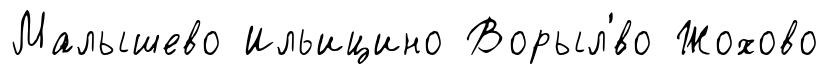
Малышево Ильицино Ворыл'́во Жохово